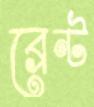
ব্রেন্ট